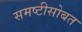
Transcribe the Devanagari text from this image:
समष्टीसोबत